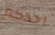
احدكم